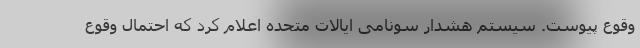
وقوع پیوست. سیستم هشدار سونامی ایالات متحده اعلام کرد که احتمال وقوع